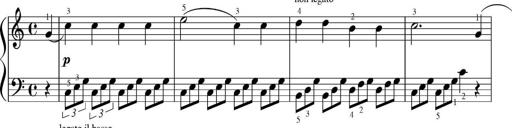
Title: Sonatinas
Composer: Andrew Violette